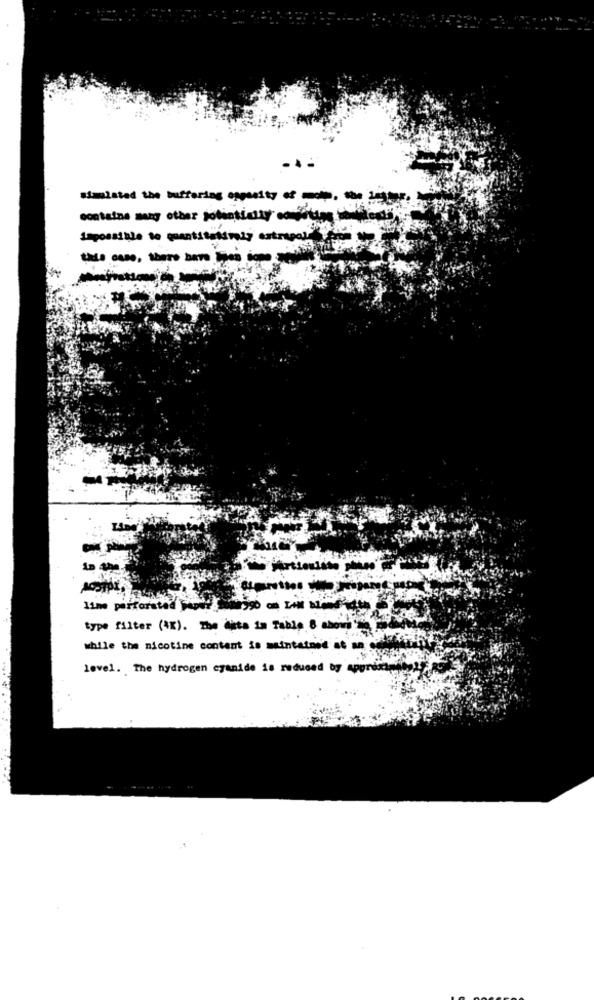
simulated the buffering oppesity of moto, the 1estar
contains many other jotintially comforting the
impossible to quantitativoly antropol
tale case, there bene les ione
AcSTOR
line perforated
type filter (ix). The data in Table 8 ahow'
while the nicotine content is mintatand at a
level. The hydrogen cyanide is reduced by approxts